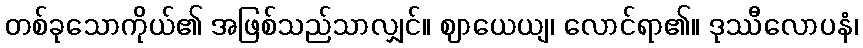
တစ်ခုသောကိုယ်၏ အဖြစ်သည်သာလျှင်။ ဈာယေယျ၊ လောင်ရာ၏။ ဒုဿီလောပနံ၊